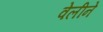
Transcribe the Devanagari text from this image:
वेलीने